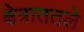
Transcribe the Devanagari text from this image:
क्षेत्राततले